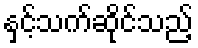
နှင့်သက်ဆိုင်သည့်